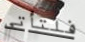
فلتأتي